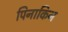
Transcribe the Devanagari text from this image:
पिनाकिन